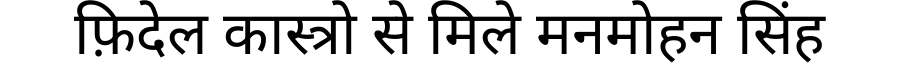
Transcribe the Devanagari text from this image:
फ़िदेल कास्त्रो से मिले मनमोहन सिंह